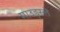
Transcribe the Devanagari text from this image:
माउड्स्ले